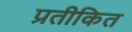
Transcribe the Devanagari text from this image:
प्रतीकित